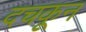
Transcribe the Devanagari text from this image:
दचकून